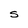
Character: S